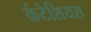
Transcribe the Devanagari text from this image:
कंटेशियस